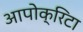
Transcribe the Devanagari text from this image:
आपोक्रिटा